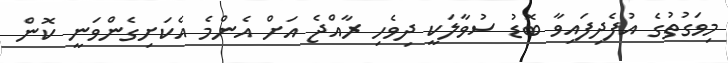
މިވަގުތުގެ އުފެދިފައިވާ ބޮޑު ސުވާލަކީ ދިވެހި ރާއްޖެ އަށް އެންމެ އެކަށިގެންވަނީ ކޮން